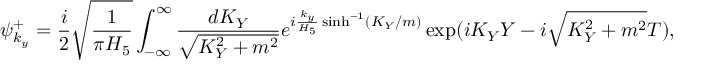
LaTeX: \psi _ { k _ { y } } ^ { + } = \frac { i } { 2 } \sqrt { \frac { 1 } { \pi H _ { 5 } } } \int _ { - \infty } ^ { \infty } \frac { d K _ { Y } } { \sqrt { K _ { Y } ^ { 2 } + m ^ { 2 } } } e ^ { i { \frac { k _ { y } } { H _ { 5 } } } \sinh ^ { - 1 } ( K _ { Y } / m ) } \exp ( i K _ { Y } Y - i \sqrt { K _ { Y } ^ { 2 } + m ^ { 2 } } T ) ,